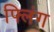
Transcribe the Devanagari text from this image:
फ्लिंग